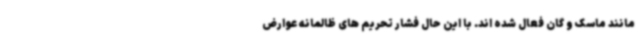
مانند ماسک و گان فعال شده اند. با این حال فشار تحریم های ظالمانه عوارض